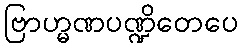
ဗြာဟ္မဏပဏ္ဍိတေပေ